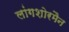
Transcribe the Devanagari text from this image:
लांगशोरमैन